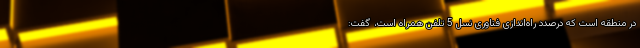
در منطقه است که درصدد راه‌اندازی فناوری نسل 5 تلفن همراه است، گفت: